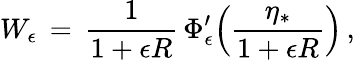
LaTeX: W_{\epsilon}\, =\, \frac{1}{1+\epsilon R}\, \Phi_{\epsilon}^{\prime}\Bigl(\frac{\eta_{*}}{1+\epsilon R}\Bigr)\, ,